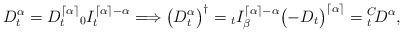
LaTeX: \begin{align*} D_t^\alpha = D_t^{\lceil{\alpha}\rceil} {_0I_t^{\lceil{\alpha}\rceil -\alpha}} \Longrightarrow \bigl(D_t^\alpha\bigr)^\dagger = {_tI_\beta^{\lceil{\alpha}\rceil -\alpha}}\bigl(-D_t\bigr)^{\lceil{\alpha}\rceil} = {_t^C\!D^\alpha} ,\end{align*}